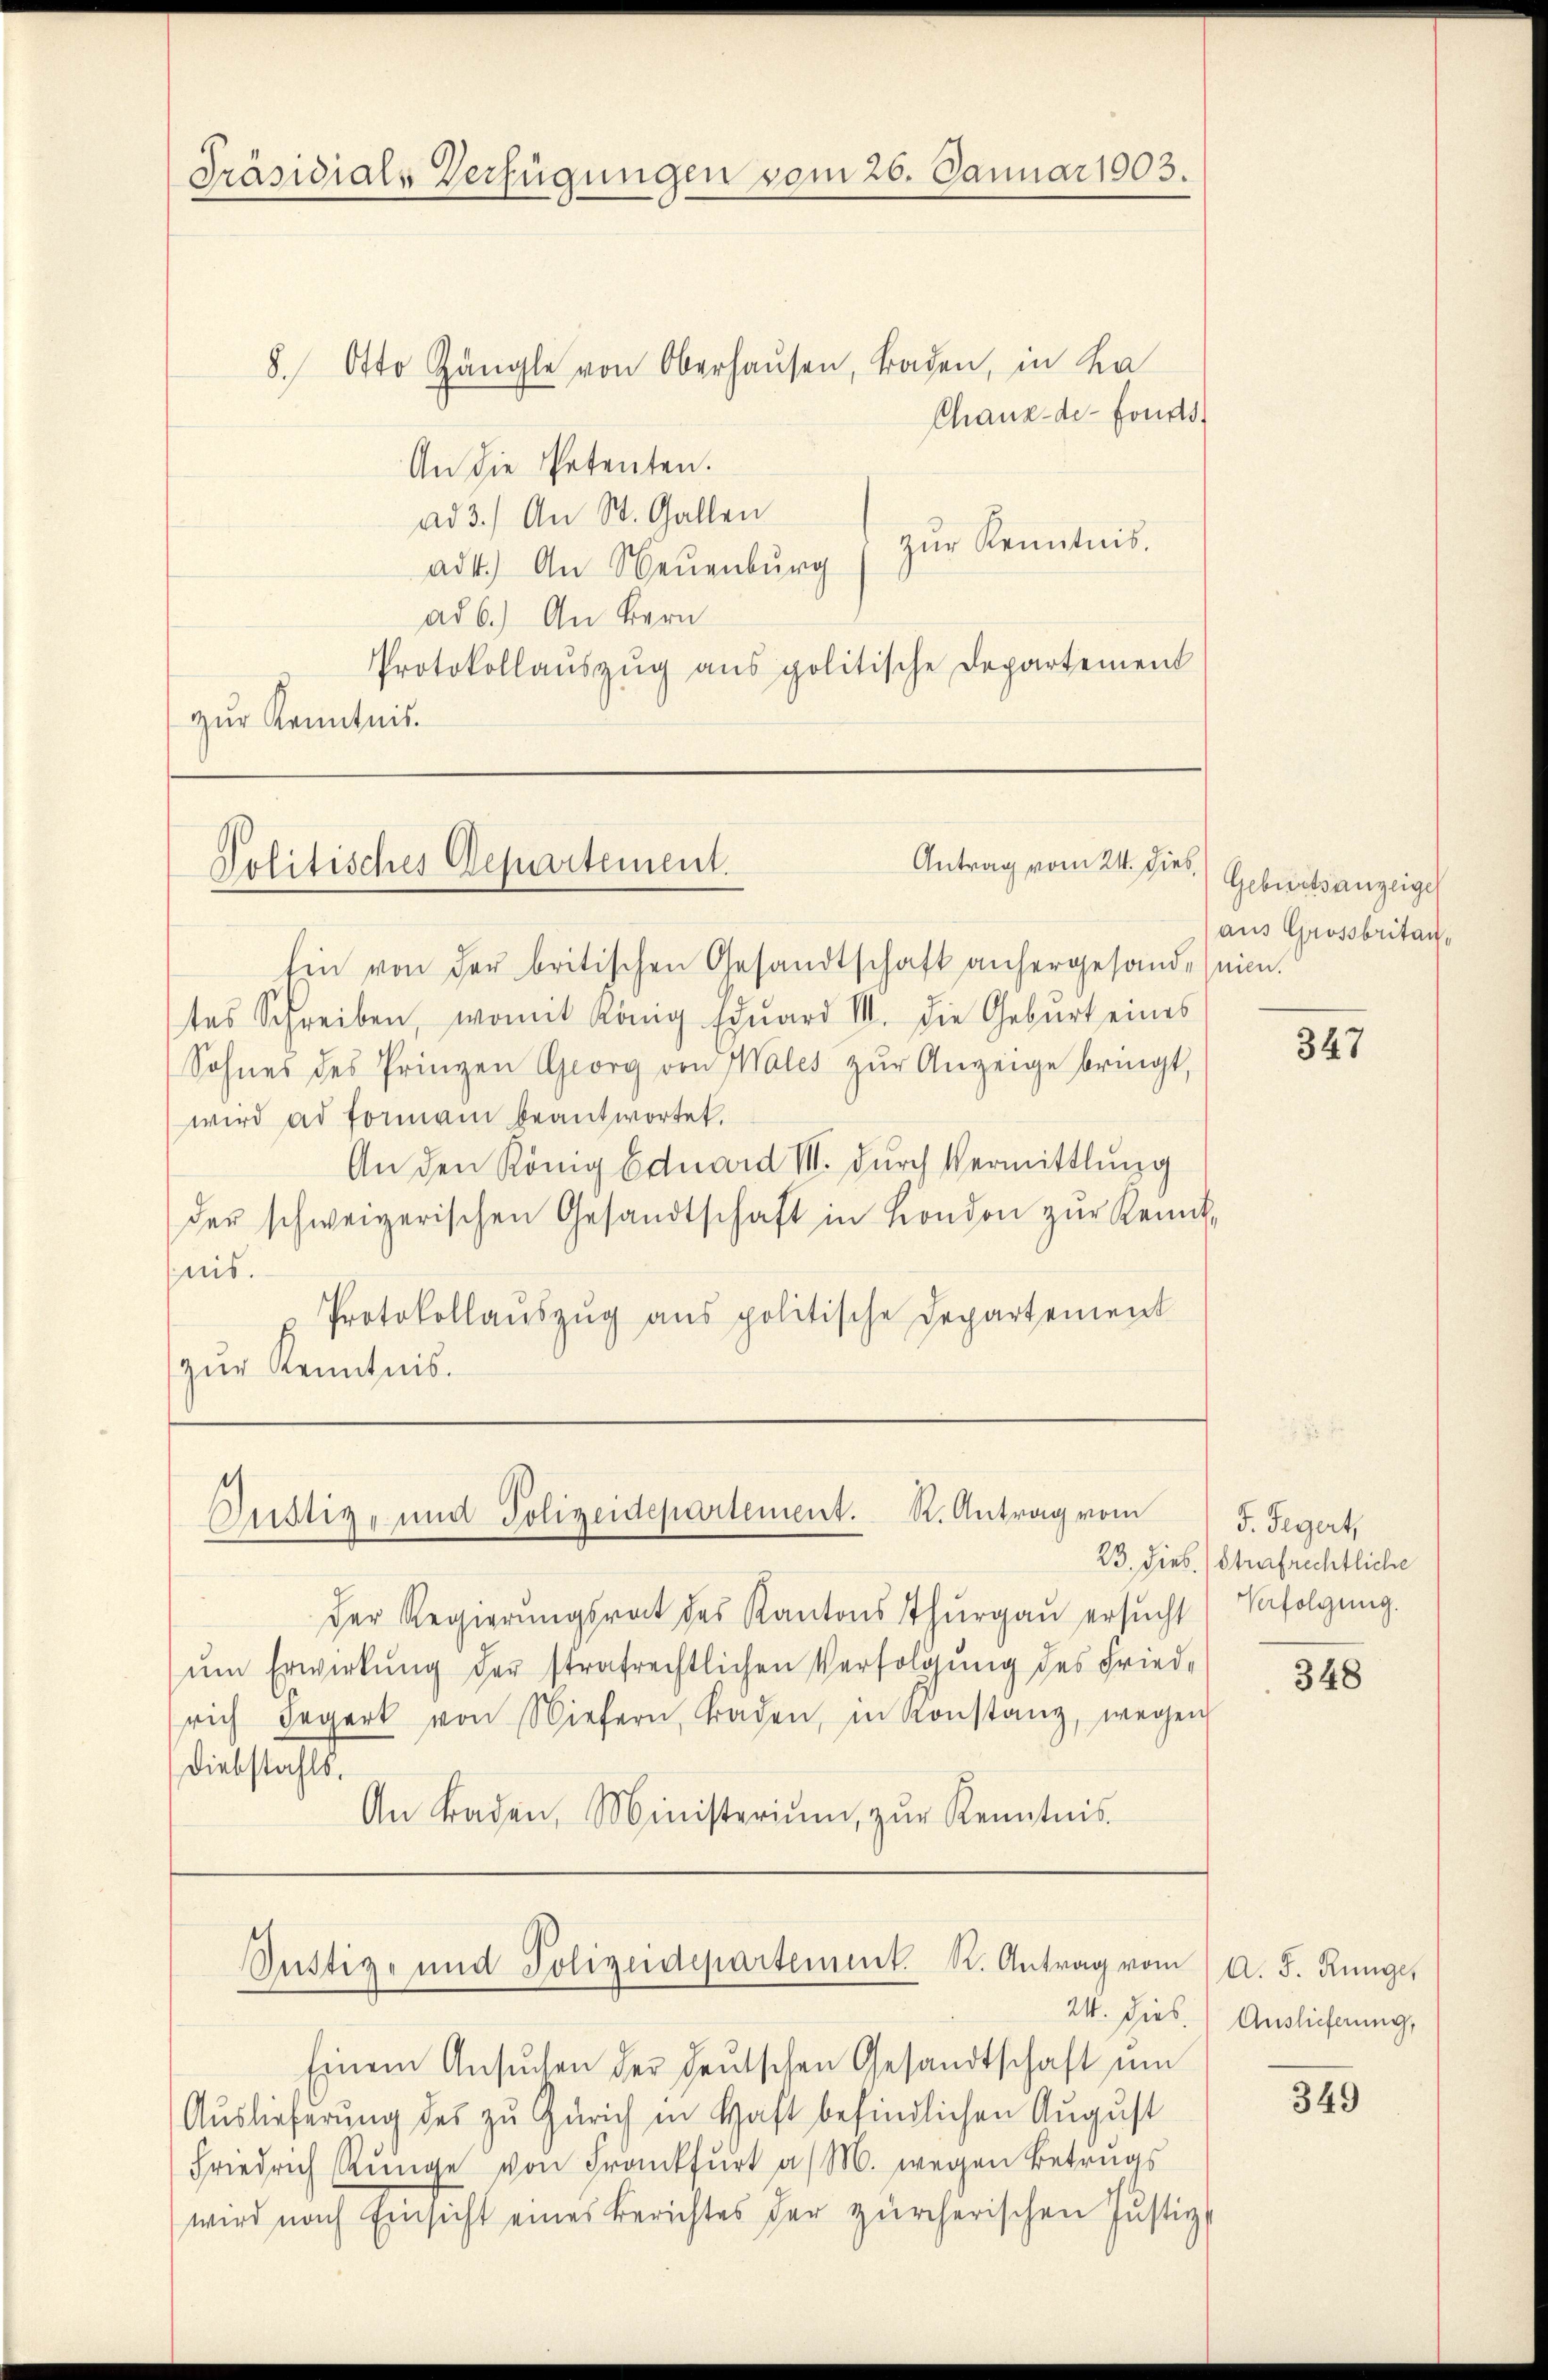
Präsidial-Verfügungen vom 26. Januar 1903.

8. Otto Gängle von Oberhausen, Baden, in Ka
Chaux-de-Fonds
An die Petenten.
ad 3.) An St. Gallen
zŭr Kenntnis.
ad4.) An Neuenburg
ad b.) An Bern
Protokollauszug aus politische Departement
zŭr Kenntnis.

Antrag vom 24. dies,
Politisches Departement.

Ein von der britischen Gesandtschaft anhergesande seien.
tes Schreiben, womit König Edŭard III. Die Geburt eines
Sohnes des Prinzen Georg von Wales zŭr Anzeige bringt,
wird ad formam beantwortet.
An den König Eduard III. durch Vermittlung
der schweizerischen Gesandtschaft in London zŭr Kennt-
nis.
Protokollaŭszŭg ans politische Departement
zŭr Kenntnis.

Justiz- und Polizeidepartement. K. Antrag vom

Der Regierungsrat des Kantons Thurgau ersŭcht
ŭm Erwirkung der strafrechtlichen Verfolgung des Friedrich begert von Niefern, traden, in Konstanz, wegen
Diebstahls.
An Baden, Ministeriŭm, zŭr Kenntnis

Justige und Polizeidepartement. K. Antrag vom

24. dies

Einem Ansŭchen der deutschen Gesandtschaft um
Auslieferung des zu Zürich in Haft befindlichen August
Friedrich Rünge von Frankfurt a/M. wegen Betrags
wird nach Einsicht eines Berichtes der zürcherischen Justiz-

Geburtsanzeigel
aus Grossbritan¬

347

J. Segert,
23. Dieb. Strafrechtliche
Verfolgung.

348

A. F. Ringe,
Auslieferung,

349